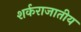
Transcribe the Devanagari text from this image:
शर्कराजातीय